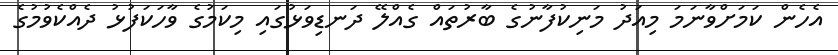
އެހެން ކަމަށްވާނަމަ މިއަދު މަނިކުފާނުގެ ބާރުތައް ގެއްލޭ ދަނޑިވަޅުގައި މިކަމުގެ ވާހަކަފުޅު ދެއްކެވުމުގެ